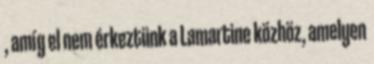
, amíg el nem érkeztünk a Lamartine közhöz, amelyen